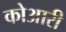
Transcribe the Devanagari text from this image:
कोआरी